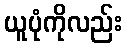
ယူပုံကိုလည်း